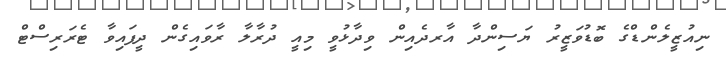
ނިއުޒީލެންޑްގެ ބޮޑުވަޒީރު ޔަސިންދާ އާރދެއިން ވިދާޅުވީ މިއީ ދުރާލާ ރާވައިގެން ދީފައިވާ ޓެރަރިސްޓް